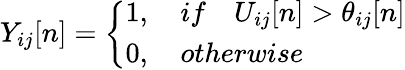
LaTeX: Y_{ij}[n]=\left\{ \begin{array}{l}{1,\quad{if}\quad U_{ij}[n]>\theta_{ij}[n]}\\ {0,\quad{otherwise}}\end{array}\right.